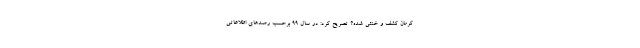
کرمان کشف و خنثی شده؟ تصریح کرد: در سال ۹۹ برحسب رصدهای اطلاعاتی